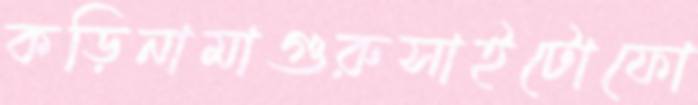
কড়িনামাগুরুসাইটোফো